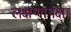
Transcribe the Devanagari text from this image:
लक्षणापेक्षा